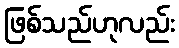
ဖြစ်သည်ဟုလည်း